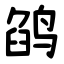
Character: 鹐